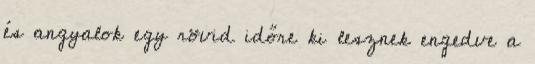
és angyalok egy rövid időre ki lesznek engedve a